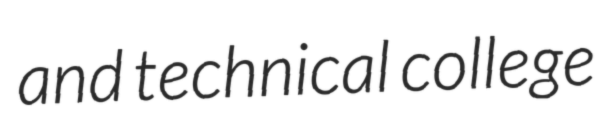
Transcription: and technical college